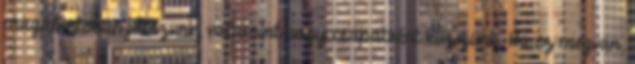
magabiztosan játszunk, valamint hogy csapatként küzdjünk. Ha ez megvan,